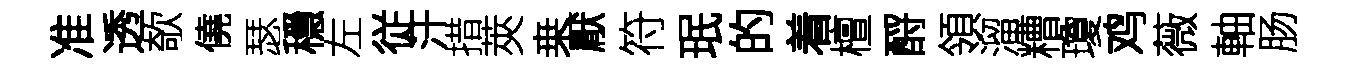
准透欹僥瑟穩左従汗措莢桒厭符珉的着檀酹領溜糟瓊鸡薇軸肠